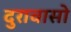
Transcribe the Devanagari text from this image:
दुरावासो